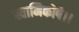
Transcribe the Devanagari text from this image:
स्वामिकोपे।।